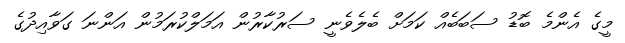
މީގެ އެންމެ ބޮޑު ސަބަބެއް ކަމަށް ބެލެވެނީ ސަރުކާރުން އަމަލްކުރަމުން އަންނަ ގަވާއިދުގެ